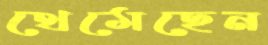
থেমেছেন